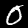
Digit: 0